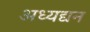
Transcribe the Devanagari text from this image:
अध्यद्यन